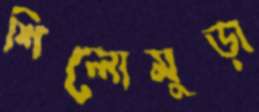
শিলোমুড়া